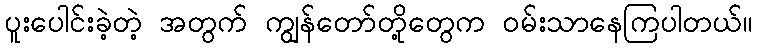
ပူးပေါင်းခဲ့တဲ့ အတွက် ကျွန်တော်တို့တွေက ဝမ်းသာနေကြပါတယ်။